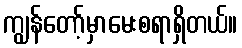
ကျွန်တော့်မှာမေးစရာရှိတယ်။